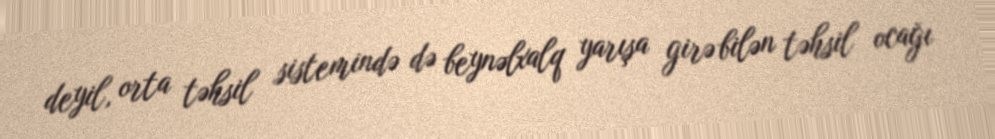
deyil, orta təhsil sistemində də beynəlxalq yarışa girə bilən təhsil ocağı